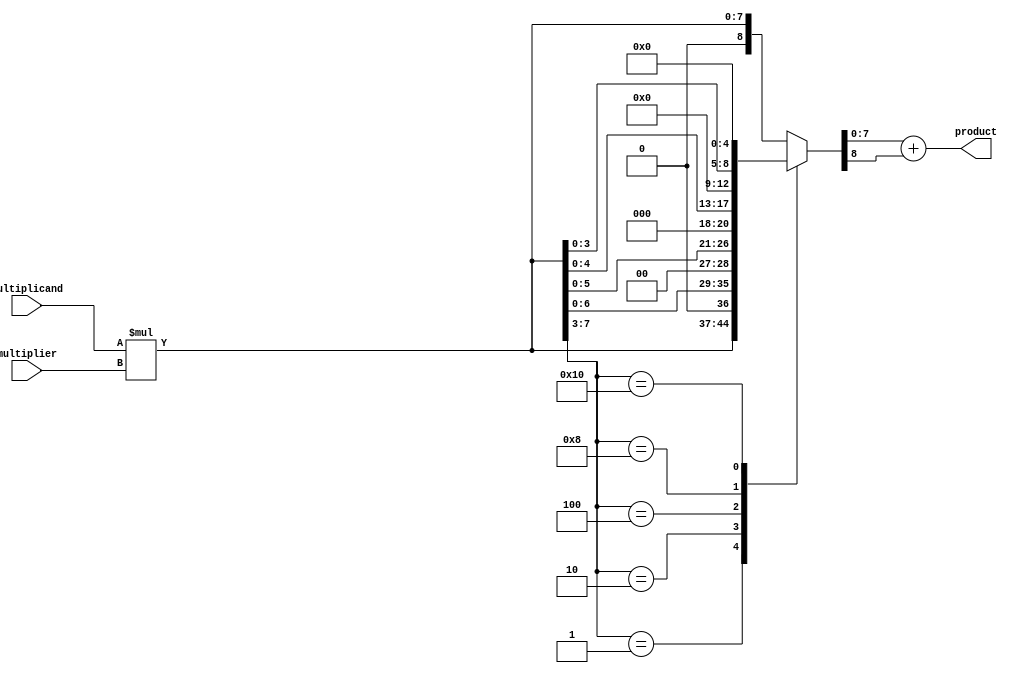
module booth_multiplier (
    input [3:0] multiplicand,
    input [3:0] multiplier,
    output reg [7:0] product
);

reg [7:0] partial_product;
reg [4:0] booth_encoding;
reg [8:0] final_product;

// Partial product generation stage
always @* begin
    partial_product = multiplicand * multiplier;
end

// Prefix section
always @* begin
    booth_encoding[4] = partial_product[7];
    booth_encoding[3:0] = partial_product[6:3];
end

// Main Booth encoding section
always @* begin
    case (booth_encoding)
        5'b00001: final_product = partial_product << 1;
        5'b00010: final_product = partial_product << 2;
        5'b00100: final_product = partial_product << 3;
        5'b01000: final_product = partial_product << 4;
        5'b10000: final_product = partial_product << 5;
        default: final_product = partial_product;
    endcase
end

// Final product stage
always @* begin
    product = final_product[7:0] + final_product[8];
end

endmodule